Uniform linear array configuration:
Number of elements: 4
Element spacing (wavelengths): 0.5
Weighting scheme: uniform
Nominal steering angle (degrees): -60
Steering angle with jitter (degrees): -59.155
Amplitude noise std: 0.05
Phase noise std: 0.05

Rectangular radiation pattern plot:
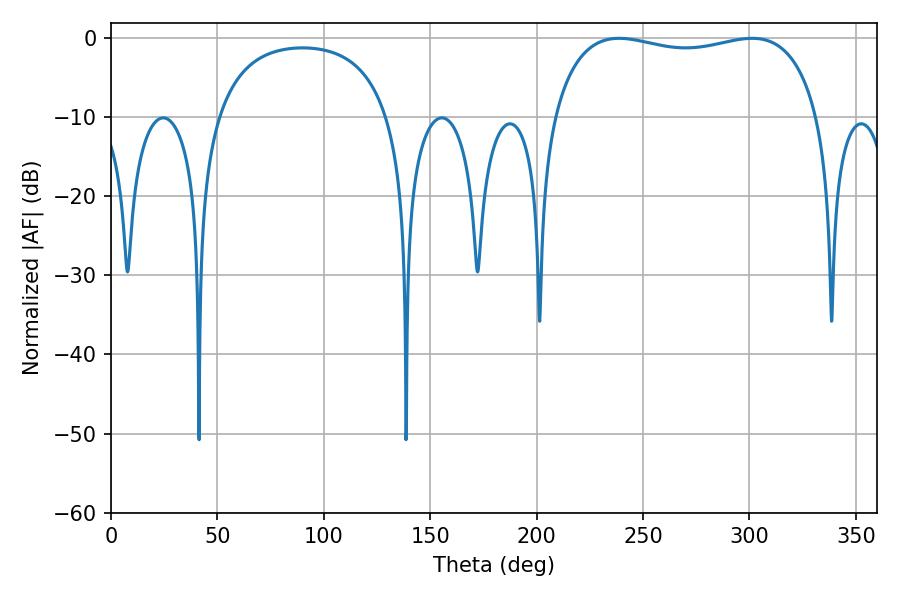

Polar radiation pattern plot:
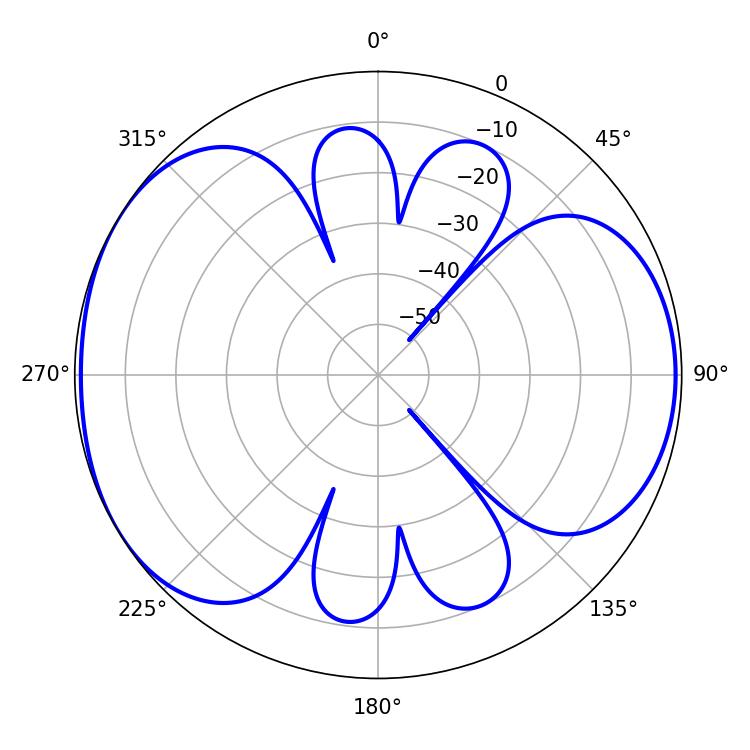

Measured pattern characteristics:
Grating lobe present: FALSE
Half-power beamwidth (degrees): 101.52
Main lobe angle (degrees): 238.68